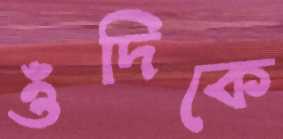
ওঁদিকে